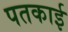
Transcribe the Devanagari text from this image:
पतकाई